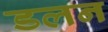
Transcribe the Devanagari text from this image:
डलन